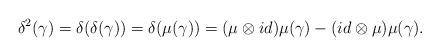
\begin{align*}\delta ^{2}(\gamma)=\delta (\delta (\gamma))=\delta (\mu (\gamma))=(\mu \otimes id)\mu (\gamma)-(id \otimes \mu )\mu (\gamma).\end{align*}